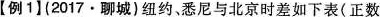
【例1】(2017·聊城)纽约、悉尼与北京时差如下表(正数